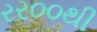
રર૦૦થી